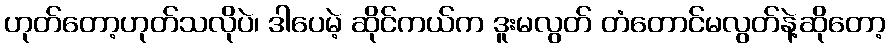
ဟုတ်တော့ဟုတ်သလိုပဲ၊ ဒါပေမဲ့ ဆိုင်ကယ်က ဒူးမလွတ် တံတောင်မလွတ်နဲ့ဆိုတော့